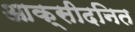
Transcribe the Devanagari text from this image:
आक्सीदनित